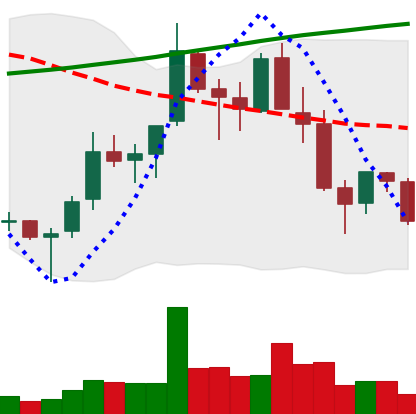
Ticker: TRX-USD
Chart end date: 2018-04-04
Forward return: 18.649%
Label: up_7plus